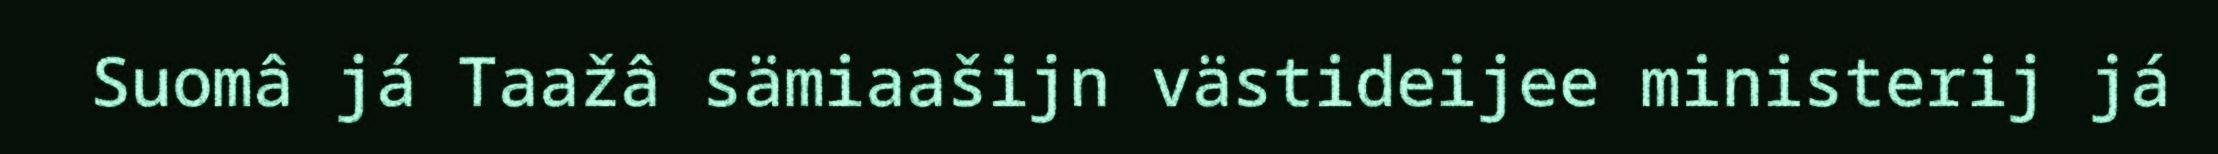
Suomâ já Taažâ sämiaašijn västideijee ministerij já